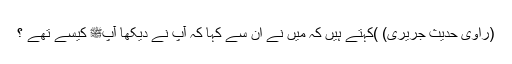
(راوی حدیث جریری) )کہتے ہیں کہ میں نے ان سے کہا کہ آپ نے دیکھا آپﷺ کیسے تھے ؟